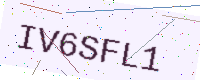
Text: IV6SFL1